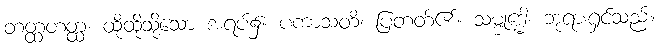
တတ္ထတတ္ထ၊ ထိုထိုသို့သော အရပ်၌။ ပကာသတိ၊ ပြတတ်၏။ သမ္ဗုဒ္ဓေါ၊ ဘုရားရှင်သည်။